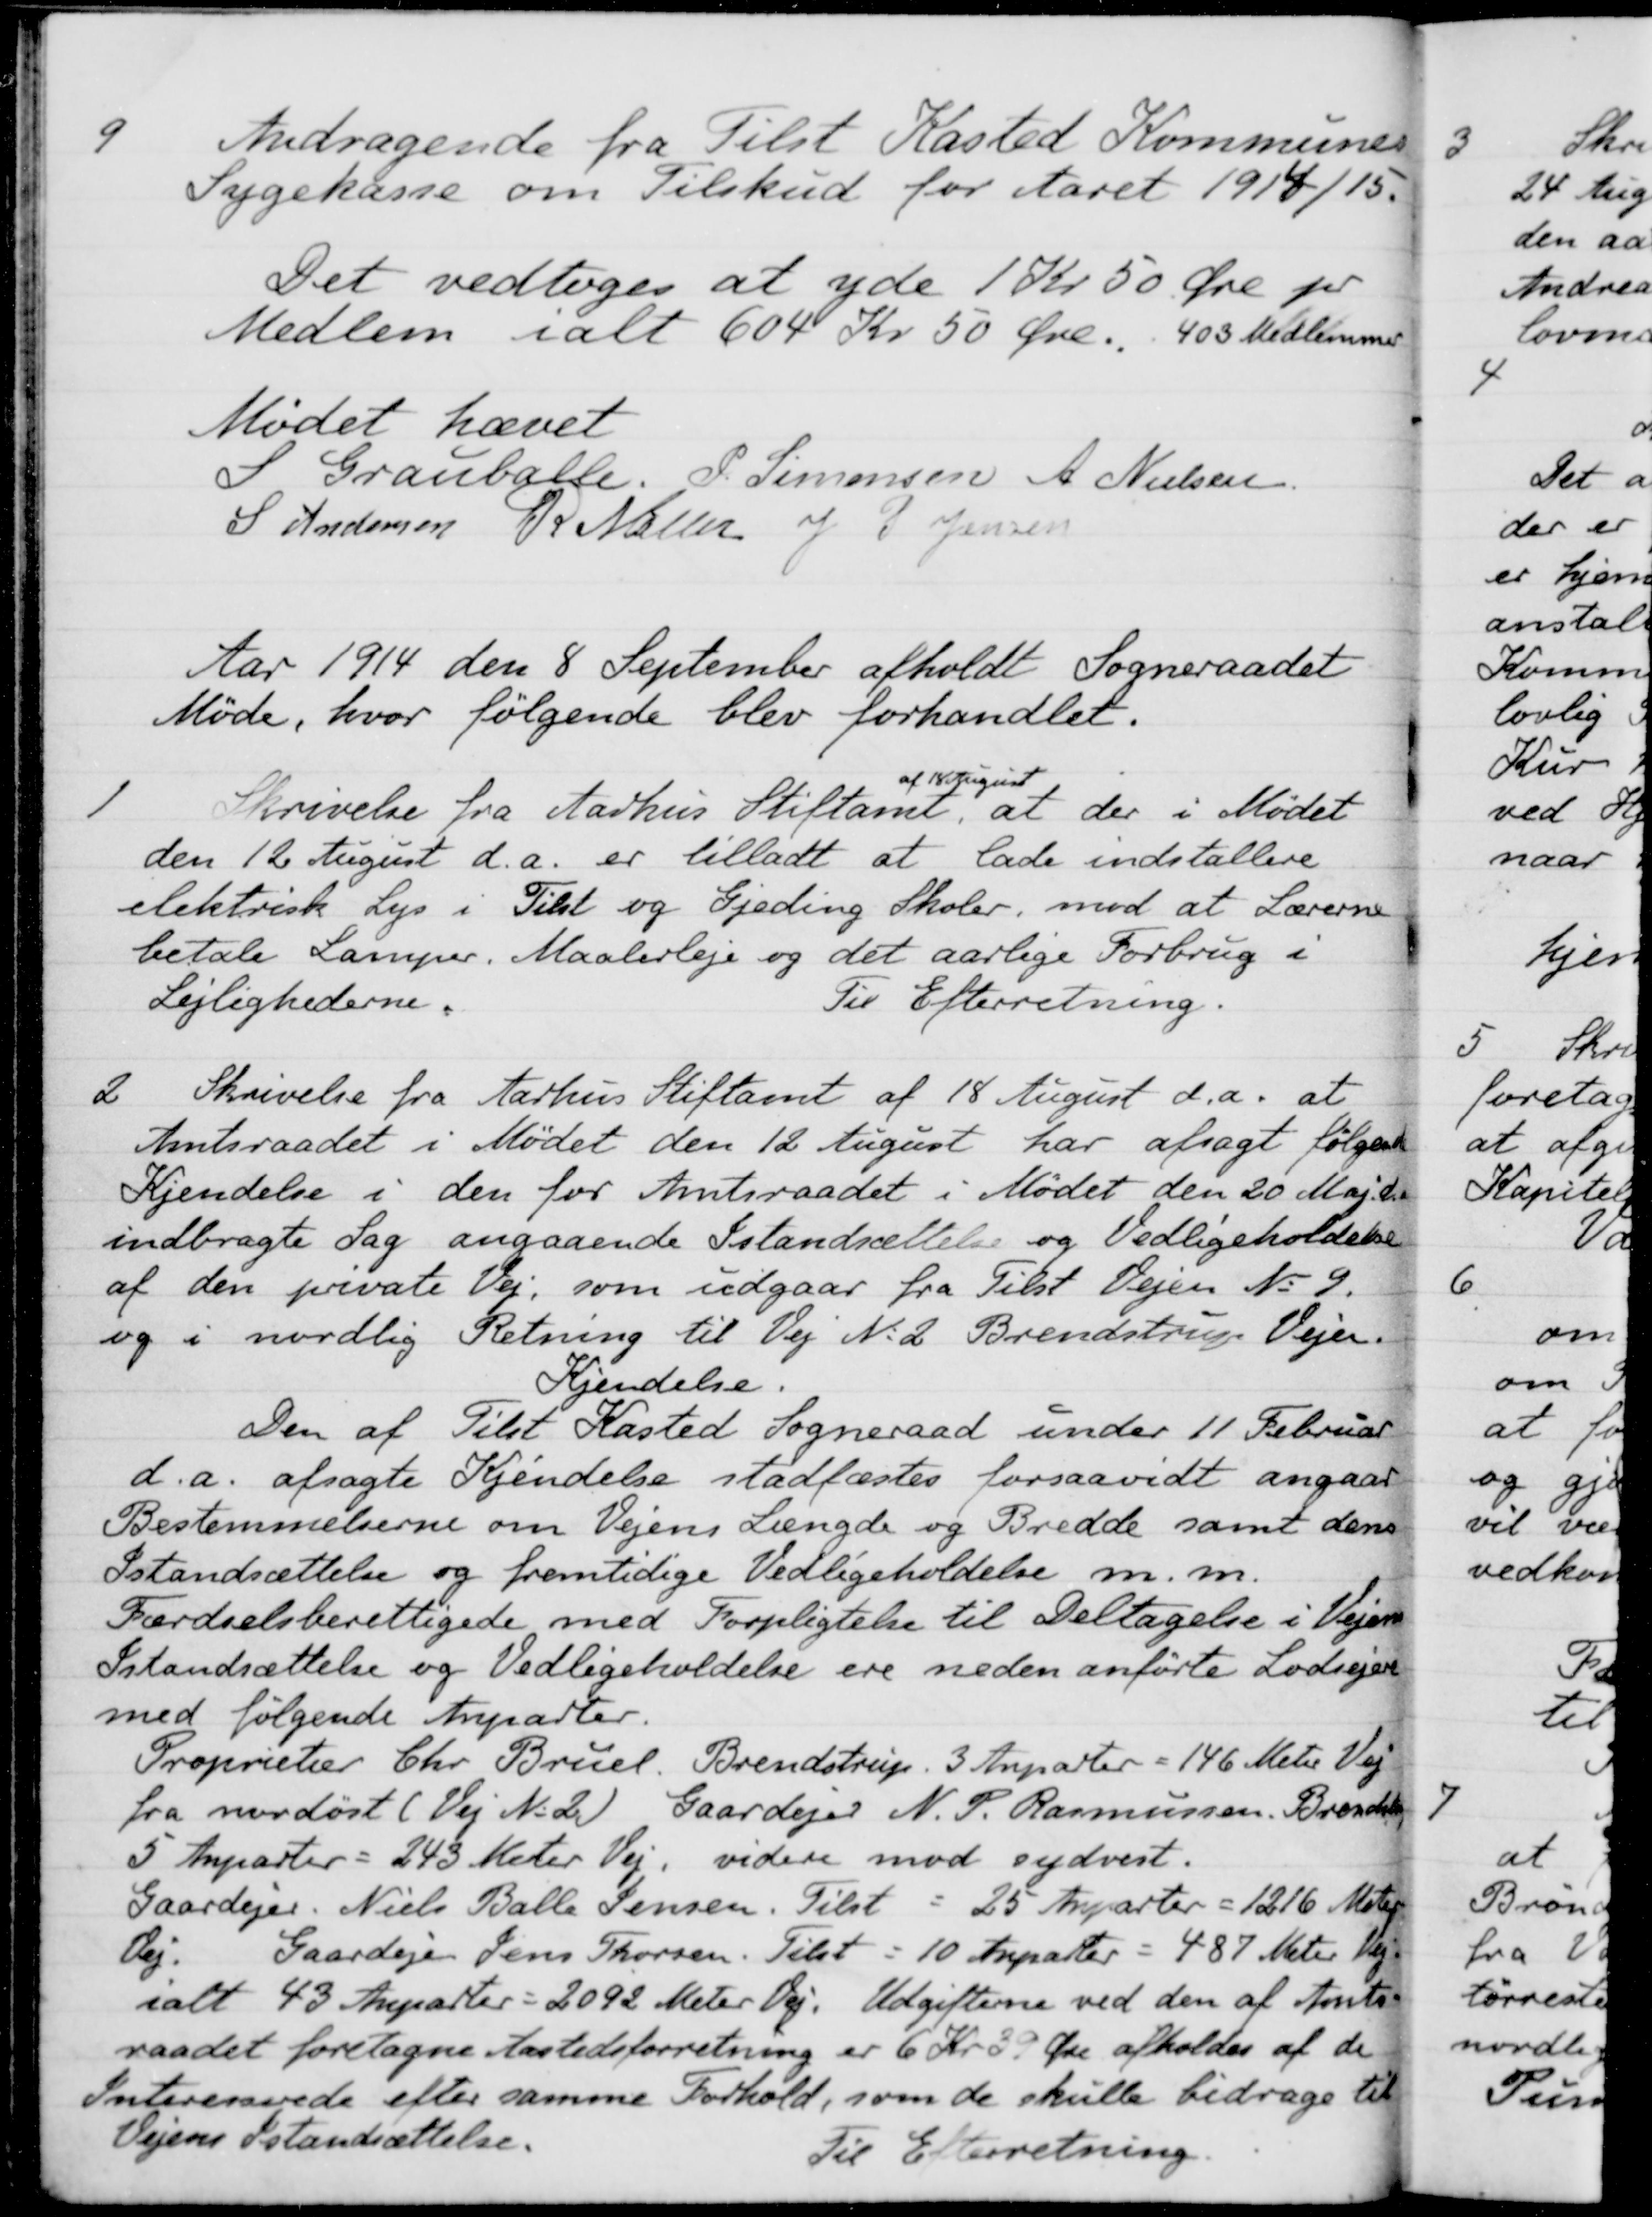
Transskription:
9
Andragende fra Tilst Kasted Kommunes
Sygekasse om Tilskud for Aaret 1914/15.
Det vedtoges at yde 1 Kr 50 Øre pr
Medlem i alt 604 Kr 50 Øre. 403 Medlemmer
Mødet hævet
S Grauballe.
P. Simonsen
A. Nielsen
S Andersen
P. Møller
J P. Jensen
Aar 1914 den 8 September afholdt Sogneraadet
Møde, hvor følgende blev forhandlet.
1
Skrivelse fra Aarhus Stiftamt
af 18 August
at der i Mødet
den 12 August d.a. er tilladt at lade indstallere
elektrisk Lys i Tilst og Gjeding Skoler, mod at Lærerne
betale Lamper. Maalerleje og det aarlige Forbrug i
Lejlighederne.
Til Efterretning.
2
Skrivelse fra Aarhus Stiftamt af 18 August d. A. at
Amtsraadet i Mødet den 12 August har afsagt følgen
Kjendelse i den for Amtsraadet i Mødet den 20 Maj d.a.
indbragte Sag angaaende Istandsættelse og Vedligeholdelse
af den private Vej, som udgaar fra Tilst Vejen No 9.
og i nordlig Retning til Vej No. 2 Brendstrup Vejen.
Kjendelse.
Den af Tilst Kasted Sogneraad under 11 Februar
d.a. afsagte Kjendelse stadfæstes forsaavidt angaae
Bestemmelserne om Vejens Længde og Bredde samt dens
Istandsættelse og fremtidige Vedligeholdelse m. m.
Færdselsberettigede med Forpligtelse til Deltagelse i Vejen
Istandsættelse og Vedligeholdelse ere neden anførte Lodsejere
med følgende Anparter.
Proprietær Chr. Brüel, Brendstrup. 3 Anparter = 146 Meter Vej
fra nordøst (Vej N. 2) Gaardejer N. P. Rasmussen, Brendstrup
5 Anparter = 243 Meter Vej, videre mod sydvest.
Gaardejer. Niels Balle Jensen. Tilst = 25 Anparter = 1216 Meter
Vej.
Gaardejer Jens Thorsen. Tilst = 10 Anparter = 487 Meter Vej
ialt 43 Anparter = 2092 Meter Vej. Udgifterne ved den af Amts
raadet foretagne Aastedsforretning er 6 Kr 39 Øre afholdes af de
Interesserede efter samme Forhold, som de skulle bidrage til
Vejens Istandsættelse.
Til Efterretning